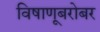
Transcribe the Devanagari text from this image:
विषाणूबरोबर